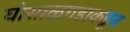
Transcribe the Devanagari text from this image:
घोसाळगडाकडून